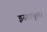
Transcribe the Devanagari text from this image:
इस्तांबुल।